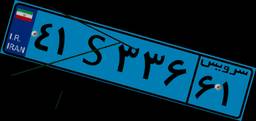
۴۱S۳۳۶۶۱